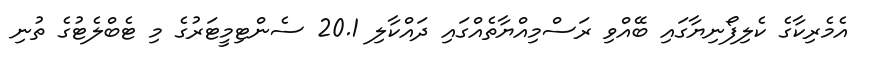
އެމެރިކާގެ ކެލިފޯނިޔާގައި ބޭއްވި ރަސްމިއްޔާތެއްގައި ދައްކާލި 20.1 ސެންޓިމީޓަރުގެ މި ޓެބްލެޓުގެ ތުނި